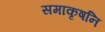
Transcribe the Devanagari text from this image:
समाकृषनि